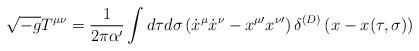
LaTeX: \begin{align*}\sqrt {-g} T^{\mu\nu} = \frac{1}{2\pi\alpha^{\prime}}\int d\tau d\sigma \left ( {\dot x}^{\mu}{\dot x}^{\nu}- x^{\mu\prime}x^{\nu \prime} \right ) \delta^{(D)} \left ( x - x(\tau, \sigma)\right )\end{align*}